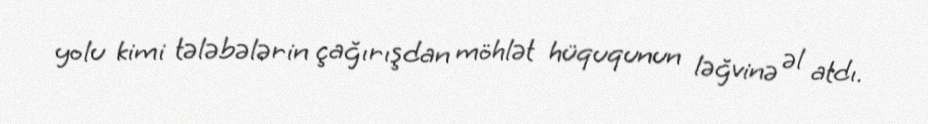
yolu kimi tələbələrin çağırışdan möhlət hüququnun ləğvinə əl atdı.